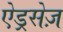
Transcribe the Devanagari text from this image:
ऐड्रसेज़